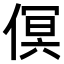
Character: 𠋶